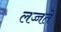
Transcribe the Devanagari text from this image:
लज्जते